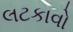
લટકાવો